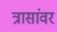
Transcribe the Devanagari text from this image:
त्रासांवर